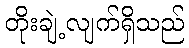
တိုးချဲ့လျက်ရှိသည်